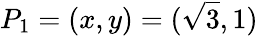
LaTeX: P_{1}=(x,y)=({\sqrt{3}},1)